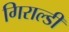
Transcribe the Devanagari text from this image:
गिराल्डी